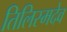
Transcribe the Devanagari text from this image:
तिलिस्मदेव